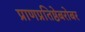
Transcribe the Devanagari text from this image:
प्राणप्रतिष्ठेबरोबर